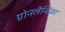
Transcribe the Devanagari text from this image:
ग्रोनलैन्डिका